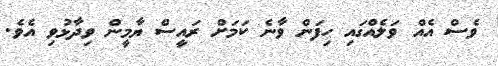
ވެސް އެއް ވަލެއްގައި ހިފަން ވާނެ ކަމަށް ރައީސް ޔާމީން ވިދާޅުވި އެވެ.